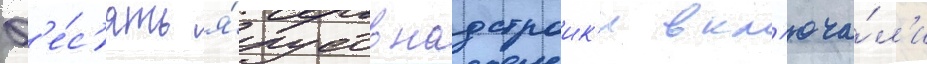
Д'е́с'ять я́русов надстроик'и вкл'юча́л'и